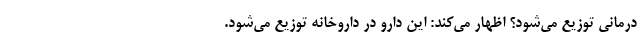
درمانی توزیع می‌شود؟ اظهار می‌کند: این دارو در داروخانه توزیع می‌شود.